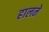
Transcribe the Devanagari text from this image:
हालने